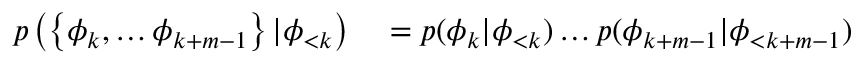
\begin{array} { r l } { p \left( \left\{ \phi _ { k } , \dots \phi _ { k + m - 1 } \right\} | \phi _ { < k } \right) } & { { } = p ( \phi _ { k } | \phi _ { < k } ) \dots p ( \phi _ { k + m - 1 } | \phi _ { < k + m - 1 } ) } \end{array}